Leaving Certificate Examination (including Day School Certificate (Higher) General paper), 1935
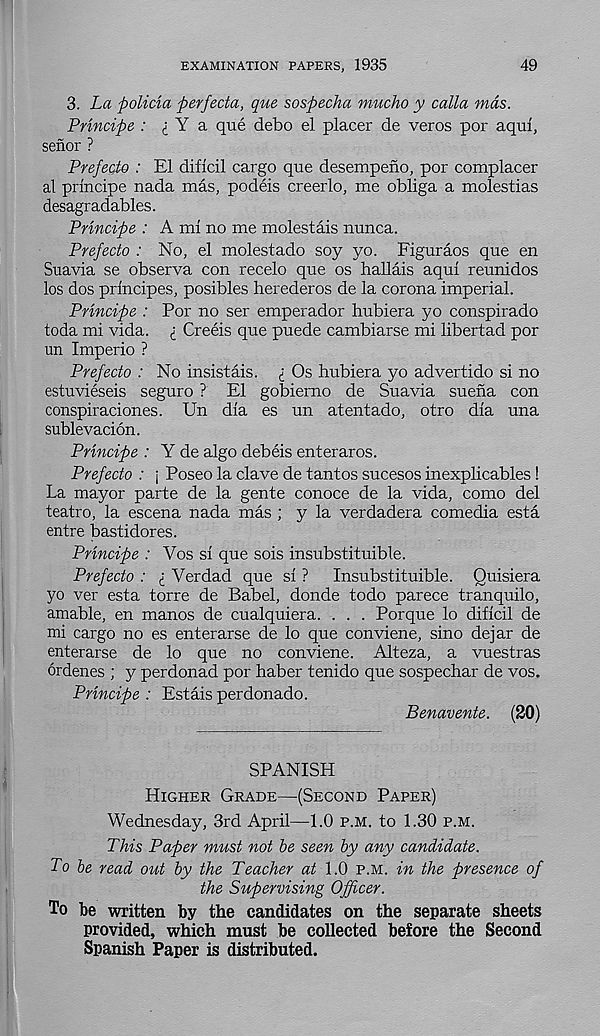
EXAMINATION PAPERS, 1935
49
3. La policia fierfecta, que sospecha mucho y calla mas.
Principe : i Y a que debo el placer de veros por aqul,
senor ?
Prefecto : El diflcil cargo que desempeno, por complacer
al principe nada mas, podeis creerlo, me obliga a molestias
desagradables.
Principe : A ml no me molestais nunca.
Prefecto : No, el molestado soy yo. Figuraos que en
Suavia se observa con recelo que os hallais aqul reunidos
los dos prlncipes, posibles herederos de la corona imperial.
Principe : Por no ser emperador hubiera yo conspirado
toda mi vida. £ Creels que puede cambiarse mi libertad por
un Imperio ?
Prefecto : No insistais. £ Os hubiera yo advertido si no
estuvieseis seguro ? El gobierno de Suavia suena con
conspiraciones. Un dia es un atentado, otro dia una
sublevacion.
Principe : Y de algo debeis enteraros.
Prefecto : j Poseo la clave de tantos sucesos inexplicables !
La mayor parte de la gente conoce de la vida, como del
teatro, la escena nada mas ; y la verdadera comedia esta
entre bastidores.
Principe : Vos si que sois insubstituible.
Prefecto : i Verdad que si ?
Insubstituible. Quisiera
yo ver esta torre de Babel, donde todo parece tranquilo,
amable, en manos de cualquiera. . . . Porque lo dificil de
mi cargo no es enterarse de lo que conviene, sino dejar de
enterarse de lo que no conviene. Alteza, a vuestras
ordenes ; y perdonad por haber tenido que sospechar de vos.
Principe : Estais perdonado.
Benavente. (20)
SPANISH
Higher Grade—(Second Paper)
Wednesday, 3rd April—1.0 p.m. to 1.30 p.m.
This Paper must not be seen by any candidate.
To be read out by the Teacher at 1.0 p.m. in the presence of
the Supervising Officer.
To be written by the candidates on the separate sheets
provided, which must be collected before the Second
Spanish Paper is distributed.